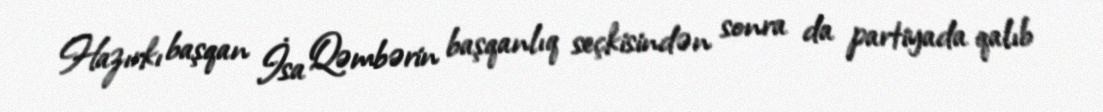
Hazırkı başqan İsa Qəmbərin başqanlıq seçkisindən sonra da partiyada qalıb